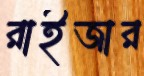
রাইজার